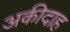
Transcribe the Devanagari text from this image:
अकीदाह